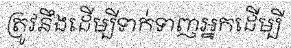
ត្រូវនឹងដើម្បីទាក់ទាញអ្នកដើម្បី